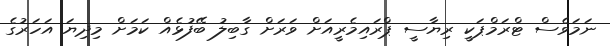
ނަމަވެސް ޓްރަމްޕަކީ ރިޔާސީ ޕްރައިމެރީއަށް ވަރަށް ގާބިލު ބޭފުޅެއް ކަމަށް މިދިޔަ އަހަރުގެ